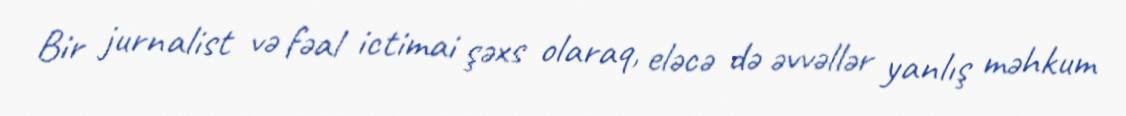
Bir jurnalist və fəal ictimai şəxs olaraq, eləcə də əvvəllər yanlış məhkum